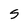
Character: 5